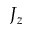
J _ { z }